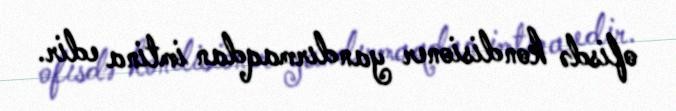
ofisdə kondisioner yandırmaqdan imtina edir.